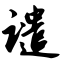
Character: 谴